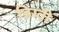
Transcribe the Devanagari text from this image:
डिग्वी